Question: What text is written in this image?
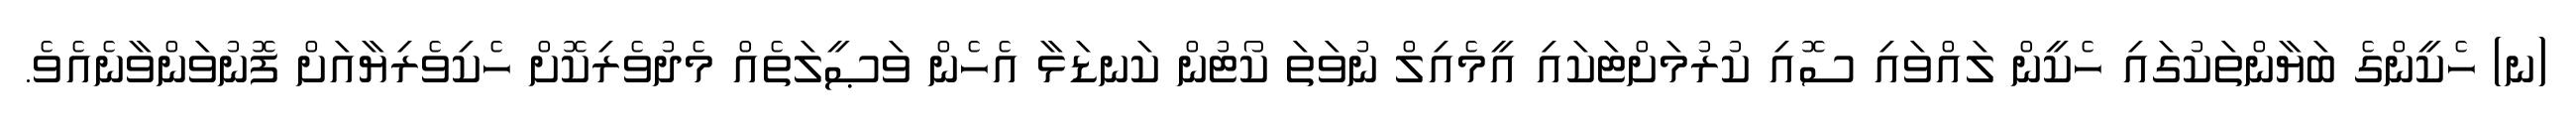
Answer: (ނ) ހެކީންގެ ބަޔާންތަކުގައި ހެކީން ލައްވައި ސޮއި ކުރުމަށްޓަކައި އީމެއިލް ނުވަތަ ކޯޓުން ކަނޑަޅާ އެހެން ވަޞީލަތެއް މެދުވެރިކޮށް ހެކިވެރިޔާއަށް ފޮނުވަންވާނެއެވެ.